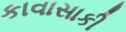
કાવાસાકી